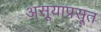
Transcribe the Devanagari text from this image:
असूयाप्रसूत